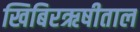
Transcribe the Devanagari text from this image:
खिबिरऋषीताल